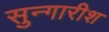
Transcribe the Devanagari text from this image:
सुन्गारीश